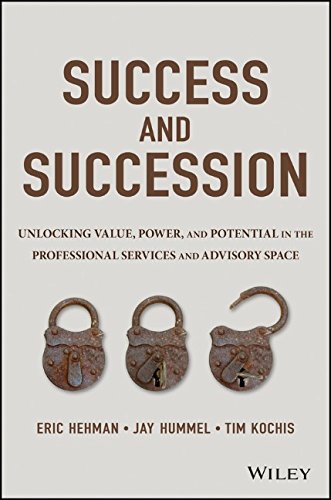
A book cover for Success and Succession: Unlocking Value, Power, and Potential in the Professional Services and Advisory Space; Eric Hehman; Business & Money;